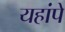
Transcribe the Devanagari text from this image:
यहांपे